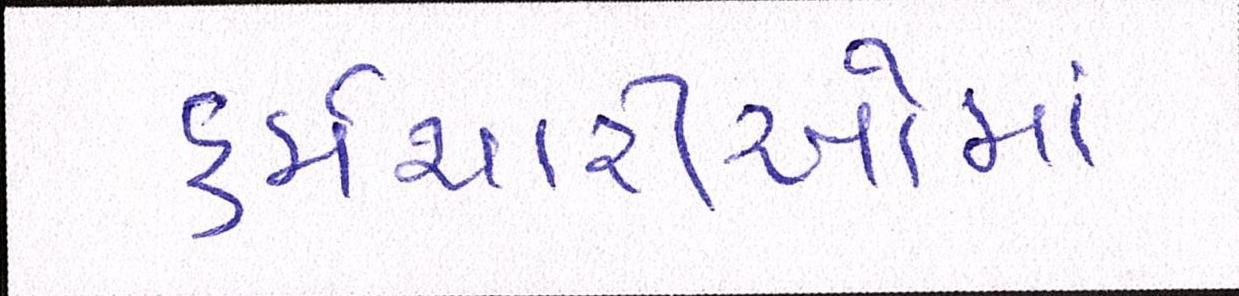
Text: કર્મચારીઓમાં